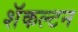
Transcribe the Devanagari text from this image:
शॅकल्टन